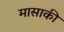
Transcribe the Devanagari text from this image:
मासाकी